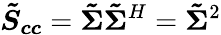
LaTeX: \boldsymbol{\tilde{S}_{cc}}=\boldsymbol{\tilde{\Sigma}}\boldsymbol{\tilde{\Sigma}}^{H}=\boldsymbol{\tilde{\Sigma}}^{2}